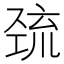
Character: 巯